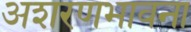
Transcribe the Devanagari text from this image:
अशरणभावना